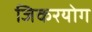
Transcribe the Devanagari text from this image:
जिकरयोग